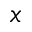
x